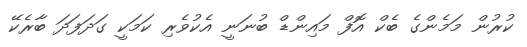
ކުރުން މަމެންގެ ބެކް އޮފް މައިންޑް ބުނަނީ އެކުވެރި ކަމަކީ ގަދަފަދަ ބާރެކޭ